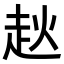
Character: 𧺩